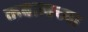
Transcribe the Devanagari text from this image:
कबालच्या